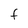
Character: F